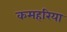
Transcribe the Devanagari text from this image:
कमहरिया